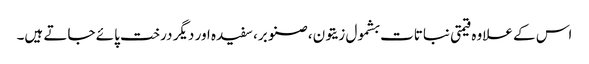
اس کے علاوہ قیمتی نباتات بشمول زیتون، صنوبر، سفیدہ اور دیگر درخت پائے جاتے ہیں۔